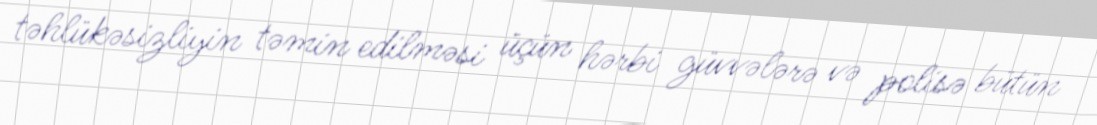
təhlükəsizliyin təmin edilməsi üçün hərbi güvvələrə və polisə bütün